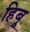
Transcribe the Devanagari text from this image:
हिबू